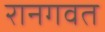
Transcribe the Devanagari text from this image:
रानगवत